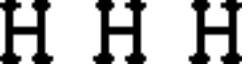
H H H